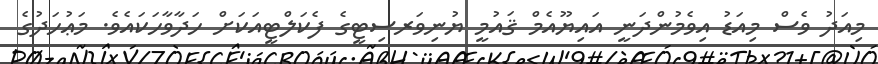
މިއަދު ވެސް މިއަޑު އިވެމުންދަނީ އައިޔޫއެމް ޤައުމީ ޔުނިވަރސިޓީގެ ފެކަލްޓީއަކަށް ހަދާވާހަކައެވެ. މަޢުހަދުގެ